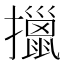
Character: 擸